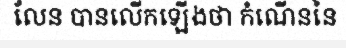
លែន បានលើកឡើងថា កំណើននៃ